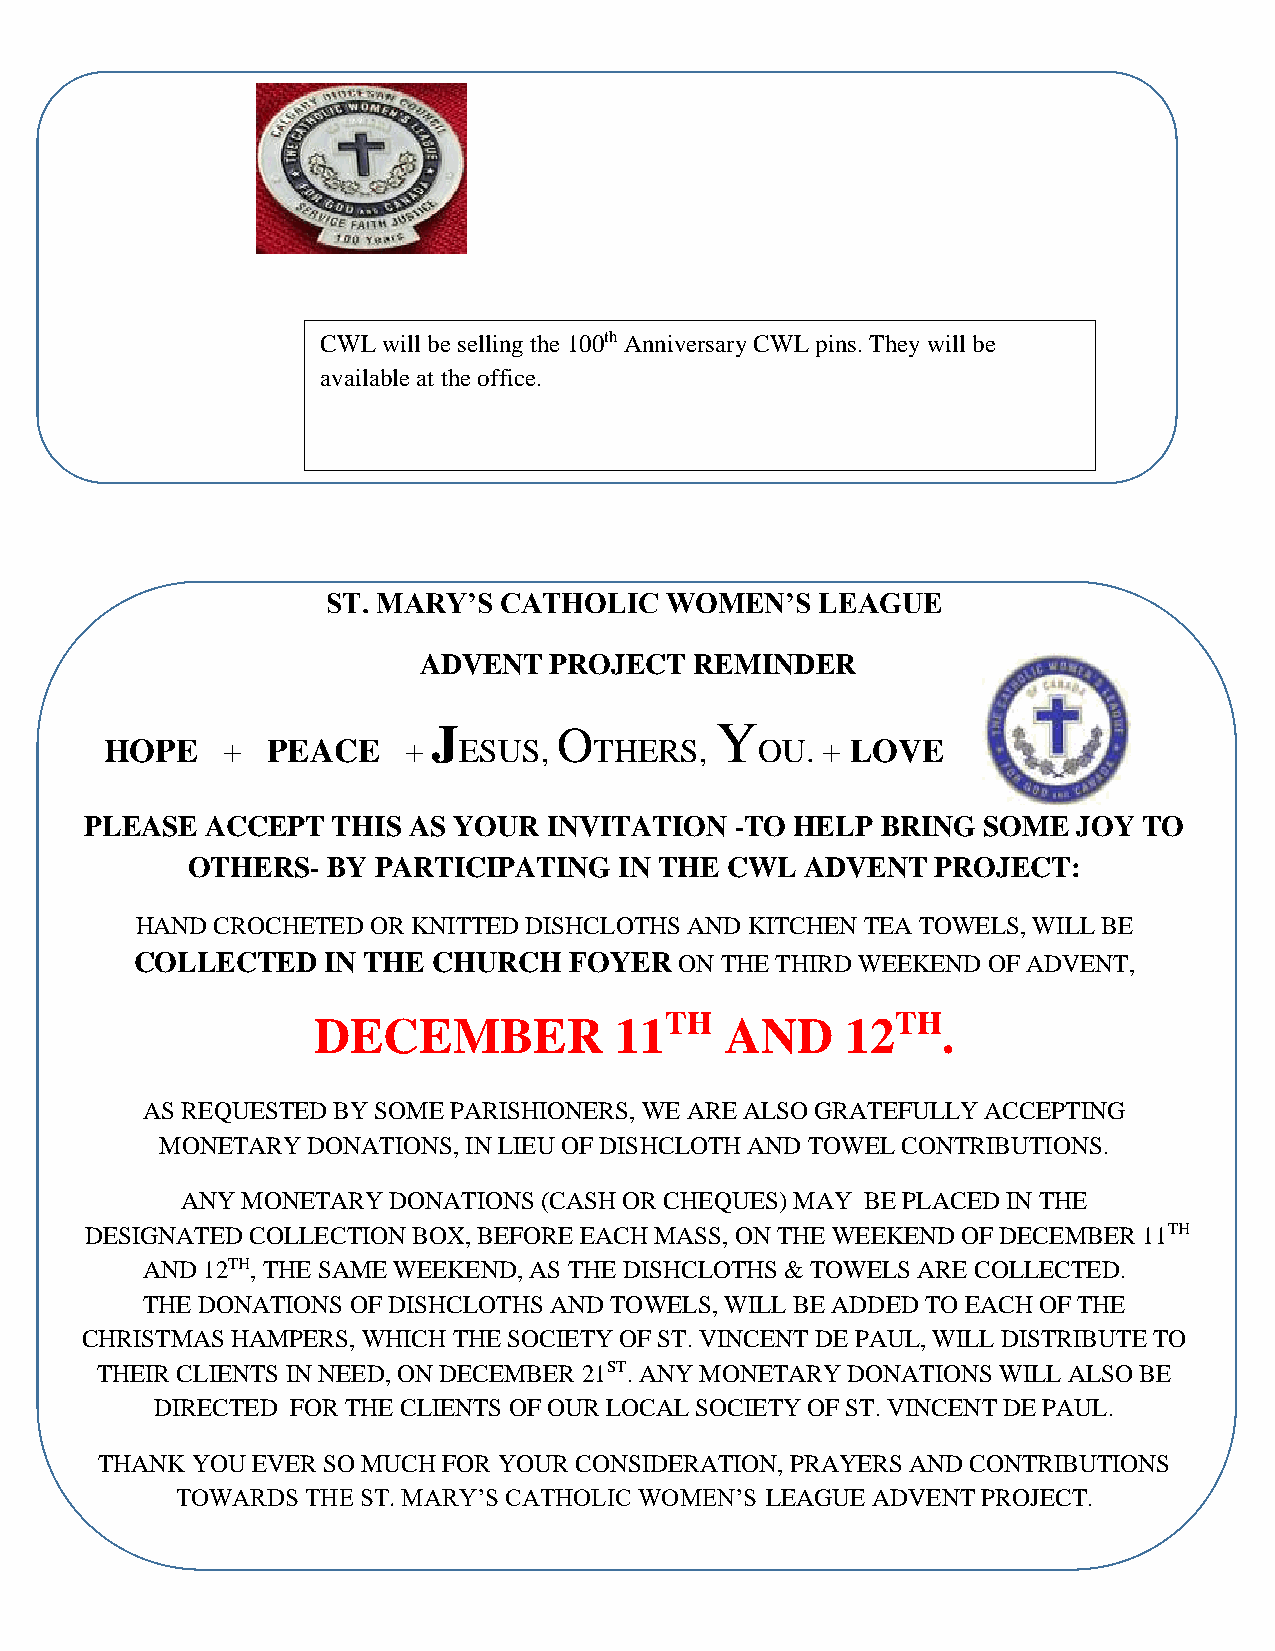
C W L w i l l b e s elling the 100th Anniversary CWL pins. They will be
 available at the office.
 ST. MARY’S CATHOLIC   WOMEN’S   LEAGUE
 ADVENT  PROJECT   REMINDER
 J       O         Y
 HOPE    +  PEACE    +  ESUS,    THERS,     OU. + LOVE
 PLEASE  ACCEPT  THIS AS YOUR  INVITATION   -TO HELP BRING  SOME  JOY  TO
 OTHERS-   BY PARTICIPATING   IN THE CWL  ADVENT   PROJECT:
 HAND CROCHETED OR KNITTED DISHCLOTHS AND KITCHEN TEA TOWELS, WILL BE
 COLLECTED   IN THE  CHURCH   FOYER  ON THE THIRD WEEKEND OF ADVENT,
 DECEMBER            11TH   AND     12TH.
 AS REQUESTED BY SOME PARISHIONERS, WE ARE ALSO GRATEFULLY ACCEPTING
 MONETARY DONATIONS, IN LIEU OF DISHCLOTH AND TOWEL CONTRIBUTIONS.
 ANY MONETARY  DONATIONS (CASH OR CHEQUES) MAY BE PLACED IN THE
 DESIGNATED COLLECTION BOX, BEFORE EACH MASS, ON THE WEEKEND OF DECEMBER 11TH
 AND 12TH, THE SAME WEEKEND, AS THE DISHCLOTHS & TOWELS ARE COLLECTED.
 THE DONATIONS OF DISHCLOTHS AND TOWELS, WILL BE ADDED TO EACH OF THE
 CHRISTMAS HAMPERS, WHICH THE SOCIETY OF ST. VINCENT DE PAUL, WILL DISTRIBUTE TO
 THEIR CLIENTS IN NEED, ON DECEMBER 21ST. ANY MONETARY DONATIONS WILL ALSO BE
 DIRECTED FOR THE CLIENTS OF OUR LOCAL SOCIETY OF ST. VINCENT DE PAUL.
 THANK  YOU EVER SO MUCH FOR YOUR CONSIDERATION, PRAYERS AND CONTRIBUTIONS
 TOWARDS THE ST. MARY’S CATHOLIC WOMEN’S LEAGUE ADVENT PROJECT.